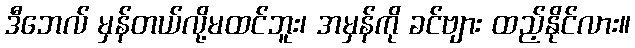
ဒီဘေလ် မှန်တယ်လို့မထင်ဘူး၊ အမှန်ကို ခင်ဗျား ထည့်နိုင်လား။